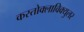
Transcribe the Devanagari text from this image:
कस्तोक्लाविक्युलर